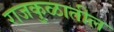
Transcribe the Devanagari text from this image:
राजकुळातील